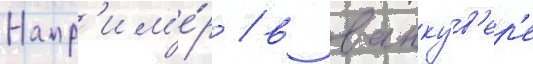
Напр'им'е́р / в ванку́в'ер'е